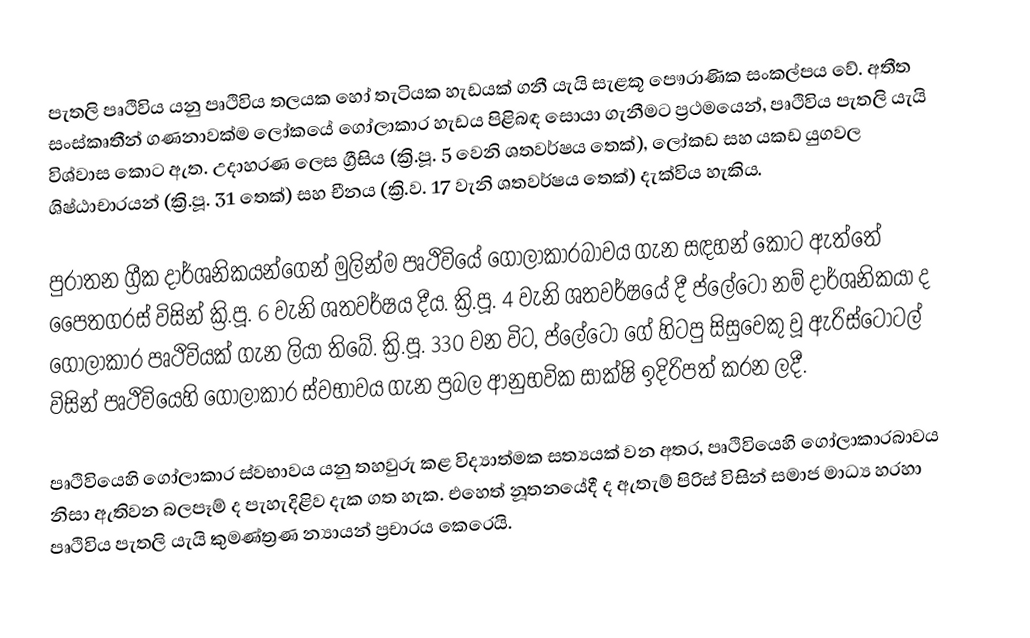
පැතලි පෘථිවිය යනු පෘථිවිය තලයක හෝ තැටියක හැඩයක් ගනී යැයි සැළකූ පෞරාණික සංකල්පය වේ. අතීත සංස්කෘතීන් ගණනාවක්ම ලෝකයේ ගෝලාකාර හැඩය පිළිබඳ සොයා ගැනීමට ප්‍රථමයෙන්, පෘථිවිය පැතලි යැයි විශ්වාස කොට ඇත. උදාහරණ ලෙස ග්‍රීසිය (ක්‍රි.පූ. 5 වෙනි ශතවර්ෂය තෙක්), ලෝකඩ සහ යකඩ යුගවල ශිෂ්ඨාචාරයන් (ක්‍රි.පූ. 31 තෙක්) සහ චීනය (ක්‍රි.ව. 17 වැනි ශතවර්ෂය තෙක්) දැක්විය හැකිය.

පුරාතන ග්‍රීක දාර්ශනිකයන්ගෙන් මුලින්ම පෘථිවියේ ගෝලාකාරබාවය ගැන සඳහන් කොට ඇත්තේ පෛතගරස් විසින් ක්‍රි.පූ. 6 වැනි ශතවර්ෂය දීය. ක්‍රි.පූ. 4 වැනි ශතවර්ෂයේ දී ප්ලේටෝ නම් දාර්ශනිකයා ද ගෝලාකාර පෘථිවියක් ගැන ලියා තිබේ. ක්‍රි.පූ. 330 වන විට, ප්ලේටෝ ගේ හිටපු සිසුවෙකු වූ ඇරිස්ටෝටල් විසින් පෘථිවියෙහි ගෝලාකාර ස්වභාවය ගැන ප්‍රබල ආනුභවික සාක්ෂි ඉදිරිපත් කරන ලදී.

පෘථිවියෙහි ගෝලාකාර ස්වභාවය යනු තහවුරු කළ විද්‍යාත්මක සත්‍යයක් වන අතර, පෘථිවියෙහි ගෝලාකාරබාවය නිසා ඇතිවන බලපෑම් ද පැහැදිළිව දැක ගත හැක. එහෙත් නූතනයේදී ද ඇතැම් පිරිස් විසින් සමාජ මාධ්‍ය හරහා පෘථිවිය පැතලි යැයි කුමණ්ත්‍රණ න්‍යායන් ප්‍රචාරය කෙරෙයි.